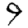
Digit: 9